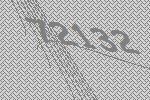
72132